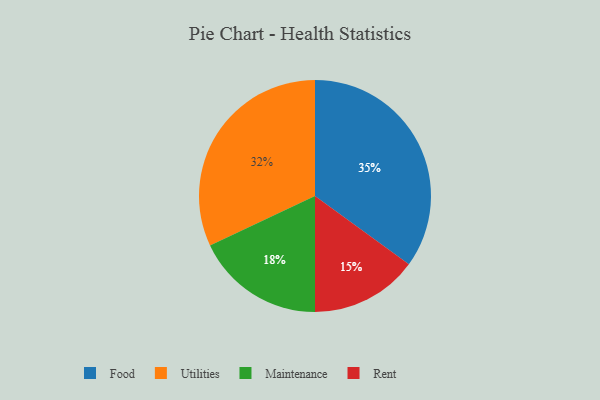
{"axis": {"x": "Category", "y": "Percentage"}, "legend": ["Food", "Maintenance", "Rent", "Utilities"], "data": [{"x": "Food", "y": 35, "type": "Food"}, {"x": "Rent", "y": 15, "type": "Rent"}, {"x": "Maintenance", "y": 18, "type": "Maintenance"}, {"x": "Utilities", "y": 32, "type": "Utilities"}]}